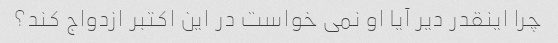
چرا اینقدر دیر آیا او نمی خواست در این اکتبر ازدواج کند؟